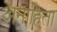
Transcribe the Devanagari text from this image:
अनाहिता